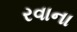
રવાના